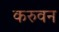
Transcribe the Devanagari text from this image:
करुवन